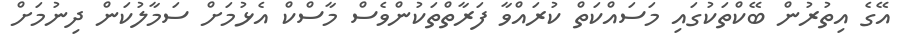
އޭގެ އިތުރުން ބޭކްތަކުގައި މަސައްކަތް ކުރައްވާ ފަރާތްތަކުންވެސް މާސްކް އެޅުމަށް ސަމާލުކަން ދިނުމަށް